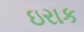
ઇરાક